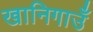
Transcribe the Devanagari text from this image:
खानिगाउँ